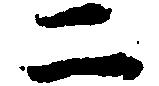
二